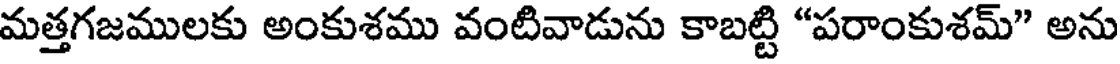
మత్తగజములకు అంకుశము వంటివాడును కాబట్టి "పరాంకుశమ్" అను